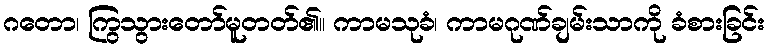
ဂတော၊ ကြွသွားတော်မူတတ်၏။ ကာမသုခံ၊ ကာမဂုဏ်ချမ်းသာကို ခံစားခြင်း